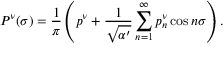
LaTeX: P ^ { \nu } ( \sigma ) = \frac { 1 } { \pi } \left( p ^ { \nu } + \frac { 1 } { \sqrt { \alpha ^ { \prime } } } \sum _ { n = 1 } ^ { \infty } p _ { n } ^ { \nu } \cos n \sigma \right) .